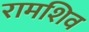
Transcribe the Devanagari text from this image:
रामशिव